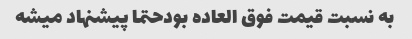
به نسبت قیمت فوق العاده بودحتما پیشنهاد میشه